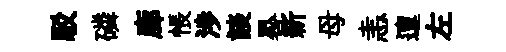
駁磷廊悵渉談晷新母恚邅左